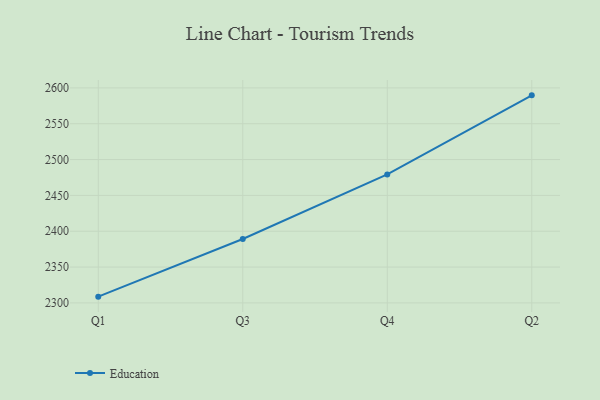
{"axis": {"x": "Quarter", "y": "Churn Rate (%)"}, "legend": ["Education"], "data": [{"x": "Q1", "y": 2308.7, "type": "Education"}, {"x": "Q3", "y": 2389.2, "type": "Education"}, {"x": "Q4", "y": 2479.2, "type": "Education"}, {"x": "Q2", "y": 2589.6, "type": "Education"}]}